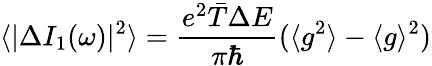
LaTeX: \langle|\Delta I_{1}(\omega)|^{2}\rangle=\frac{e^{2}\bar{T}\Delta E}{\pi\hbar}(\langle g^{2}\rangle-\langle g\rangle^{2})